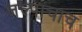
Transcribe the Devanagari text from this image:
जल्पाचाच